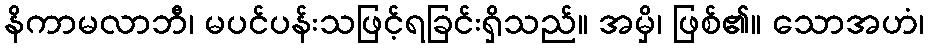
နိကာမလာဘီ၊ မပင်ပန်းသဖြင့်ရခြင်းရှိသည်။ အမှိ၊ ဖြစ်၏။ သောအဟံ၊